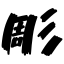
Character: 彫